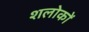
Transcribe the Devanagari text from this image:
शलोकों